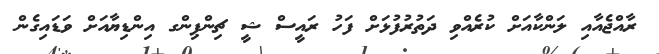
ރާއްޖެއާއި ލަންކާއަށް ކުރެއްވި ދަތުރުފުޅަށް ފަހު ރައީސް ޝީ ޗިންޕިންގ އިންޑިޔާއަށް ވަޑައިގެން